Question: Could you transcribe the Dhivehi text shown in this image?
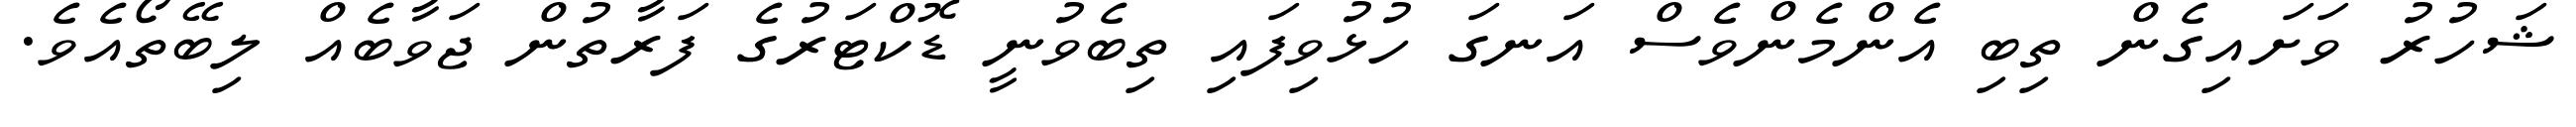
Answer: ޝަހުރު ވަށައިގެން ތިބި އެންމެންވެސް އަނގަ ހުޅުވިފައި ތިބެވުނީ ޑޮކްޓަރުގެ ފަރާތުން ޖަވާބެއް ލިބޭތޯއެވެ.